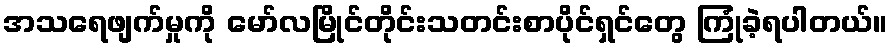
အသရေဖျက်မှုကို မော်လမြိုင်တိုင်းသတင်းစာပိုင်ရှင်တွေ ကြုံခဲ့ရပါတယ်။